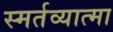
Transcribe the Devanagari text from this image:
स्मर्तव्यात्मा